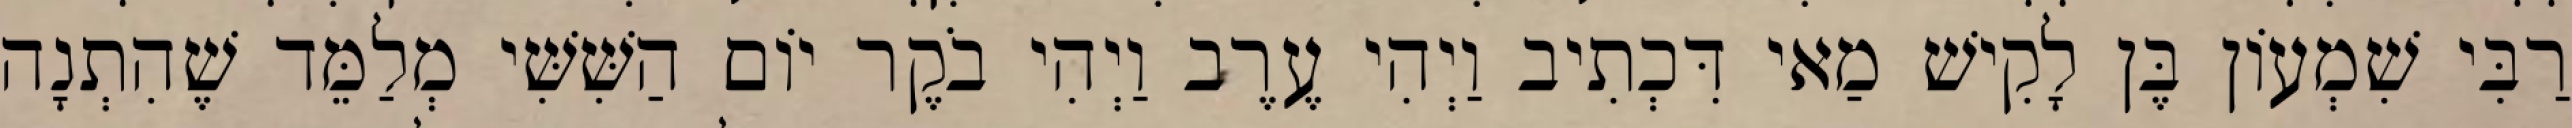
רַבִּי שִׁמְעוֹן בֶּן לָקִישׁ מַאי דִּכְתִיב וַיְהִי עֶרֶב וַיְהִי בֹקֶר יוֹם הַשִּׁשִּׁי מְלַמֵּד שֶׁהִתְנָה